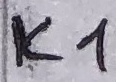
Text: K1